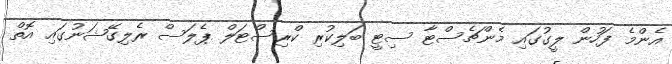
އެންމެ ފަހުން ލީގުގައި މެންޗެސްޓާ ސިޓީ ބަލިކުރި ކްރިސްޓަލް ޕެލަސް ރެލިގޭޝަނުގައި އޮތް